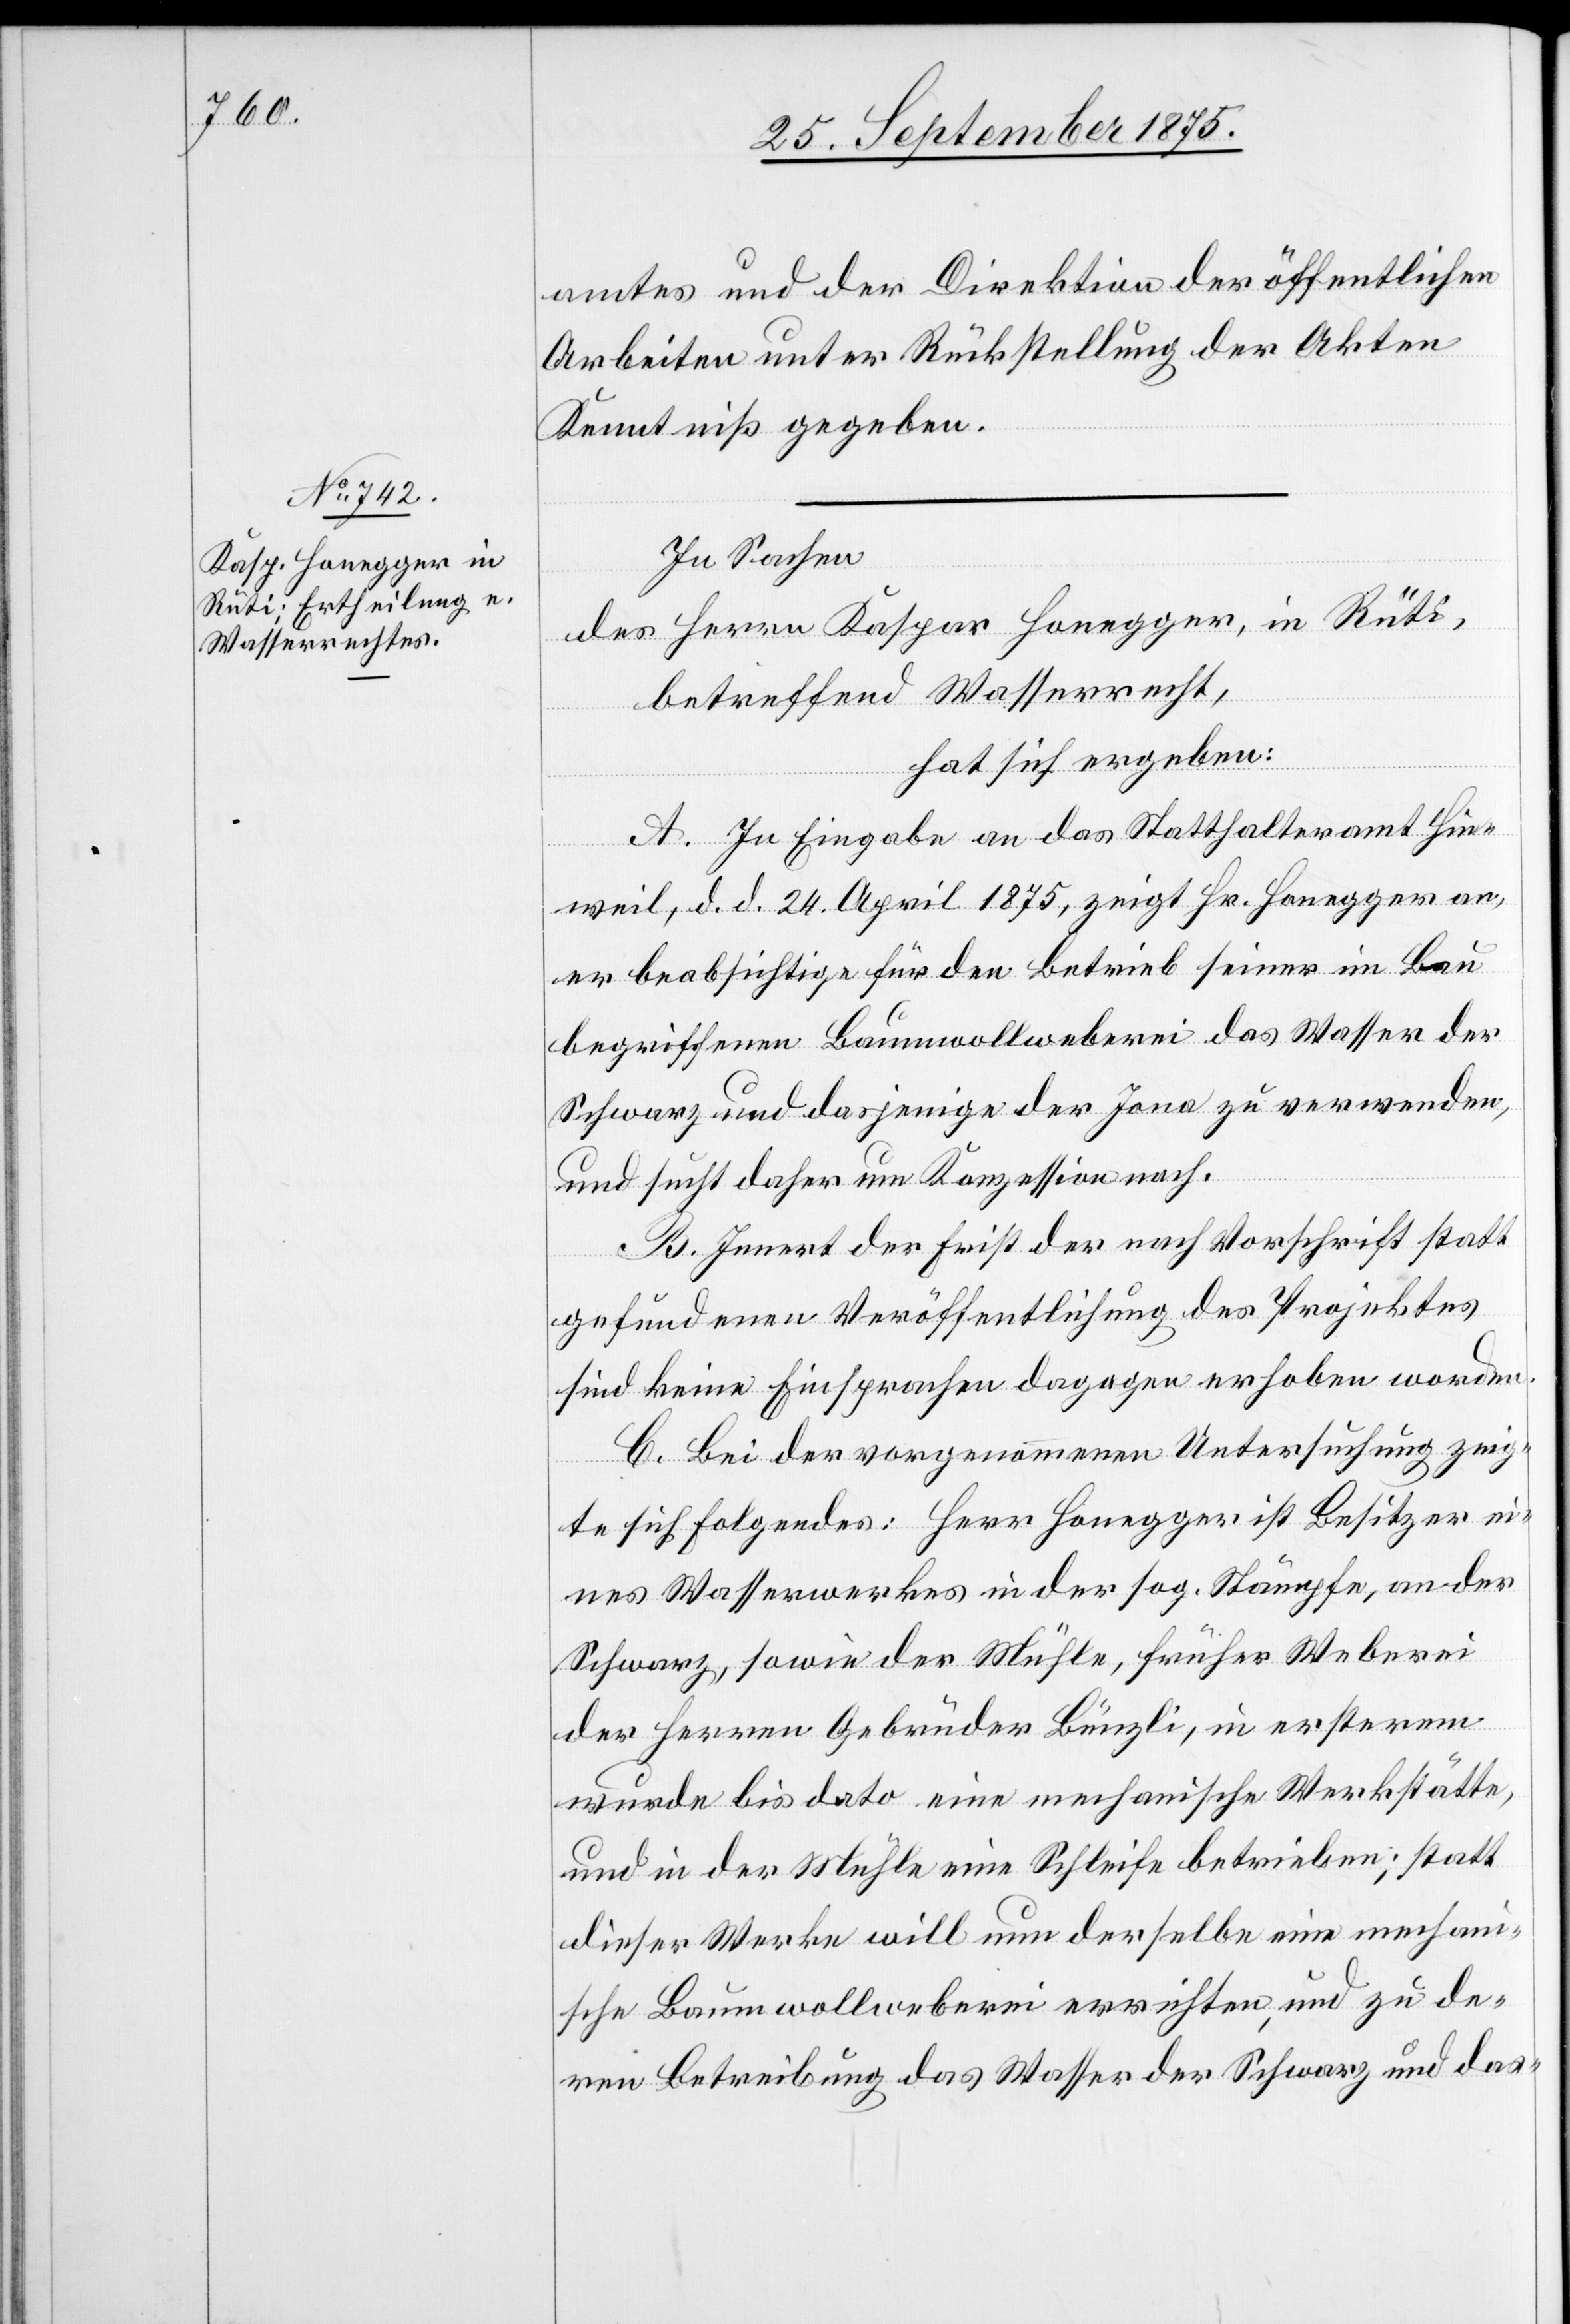
amtes und der Direktion der öffentlichen
Arbeiten unter Rückstellung der Akten
Kenntniß gegeben.
In Sachen
des Herrn Kaspar Honegger, in Rüti,
betreffend Wasserrecht,
hat sich ergeben:
A. In Eingabe an das Statthalteramt Hin¬
weil, d. d. 24. April 1875, zeigt Hr. Honegger an,
er beabsichtige für den Betrieb seiner im Bau
begriffenen Baumwollweberei das Wasser der
Schwarz und dasjenige der Jona zu verwenden,
und sucht daher um Konzession nach.
B. Innert der Frist der nach Vorschrift statt
gefundenen Veröffentlichung des Projektes
sind keine Einsprachen dagegen erhoben worden.
C. Bei der vorgenommenen Untersuchung zeig¬
te sich Folgendes: Herr Honegger ist Besitzer ei¬
nes Wasserwerkes in der sog. Stämpfe, an der
Schwarz, sowie der Mühle, früher Weberei
der Herren Gebrüder Bünzli, in ersterem
wurde bis dato eine mechanische Werkstätte,
und in der Mühle eine Schleife betrieben; statt
dieser Werke will nun derselbe eine mechan¬
ische Baumwollweberei errichten, und zu de¬
ren Betreibung das Wasser der Schwarz und das-